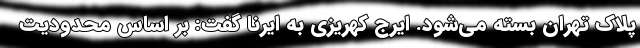
پلاک تهران بسته می‌شود. ایرج کهریزی به ایرنا گفت: بر اساس محدودیت